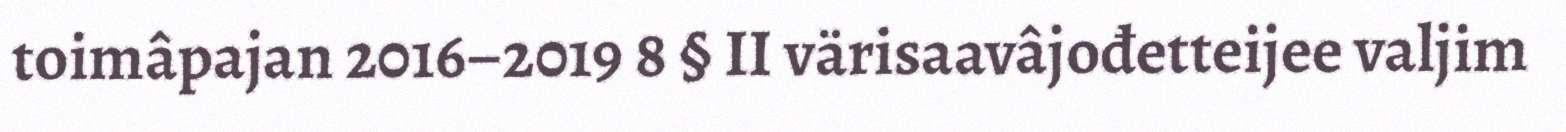
toimâpajan 2016–2019 8 § II värisaavâjođetteijee valjim